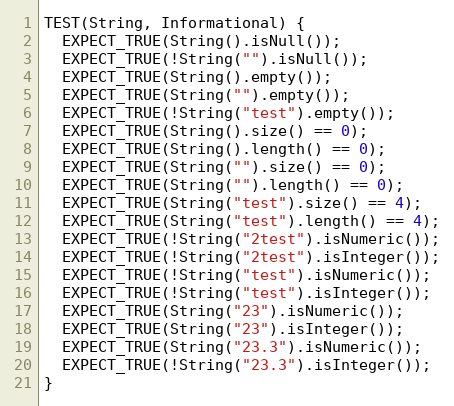
Language: C++
TEST(String, Informational) {
  EXPECT_TRUE(String().isNull());
  EXPECT_TRUE(!String("").isNull());
  EXPECT_TRUE(String().empty());
  EXPECT_TRUE(String("").empty());
  EXPECT_TRUE(!String("test").empty());
  EXPECT_TRUE(String().size() == 0);
  EXPECT_TRUE(String().length() == 0);
  EXPECT_TRUE(String("").size() == 0);
  EXPECT_TRUE(String("").length() == 0);
  EXPECT_TRUE(String("test").size() == 4);
  EXPECT_TRUE(String("test").length() == 4);
  EXPECT_TRUE(!String("2test").isNumeric());
  EXPECT_TRUE(!String("2test").isInteger());
  EXPECT_TRUE(!String("test").isNumeric());
  EXPECT_TRUE(!String("test").isInteger());
  EXPECT_TRUE(String("23").isNumeric());
  EXPECT_TRUE(String("23").isInteger());
  EXPECT_TRUE(String("23.3").isNumeric());
  EXPECT_TRUE(!String("23.3").isInteger());
}